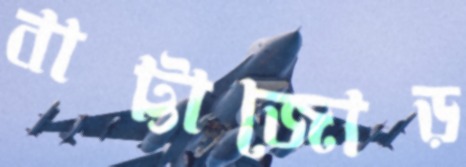
বাট্টাজোড়